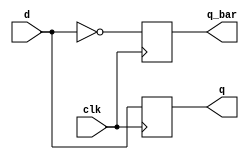
`timescale 1ns / 1ps

// Jonah Meggs 2022
// Jonah's Guide to Verilog Chapter 3 - dflipflop.v
// Positive edge triggered d flip flop

module dflipflop(
	input d,
	input clk,
	output reg q,
	output reg q_bar
    );

always@(posedge clk) begin
	q <= d;
	q_bar <= ~d;
end

endmodule